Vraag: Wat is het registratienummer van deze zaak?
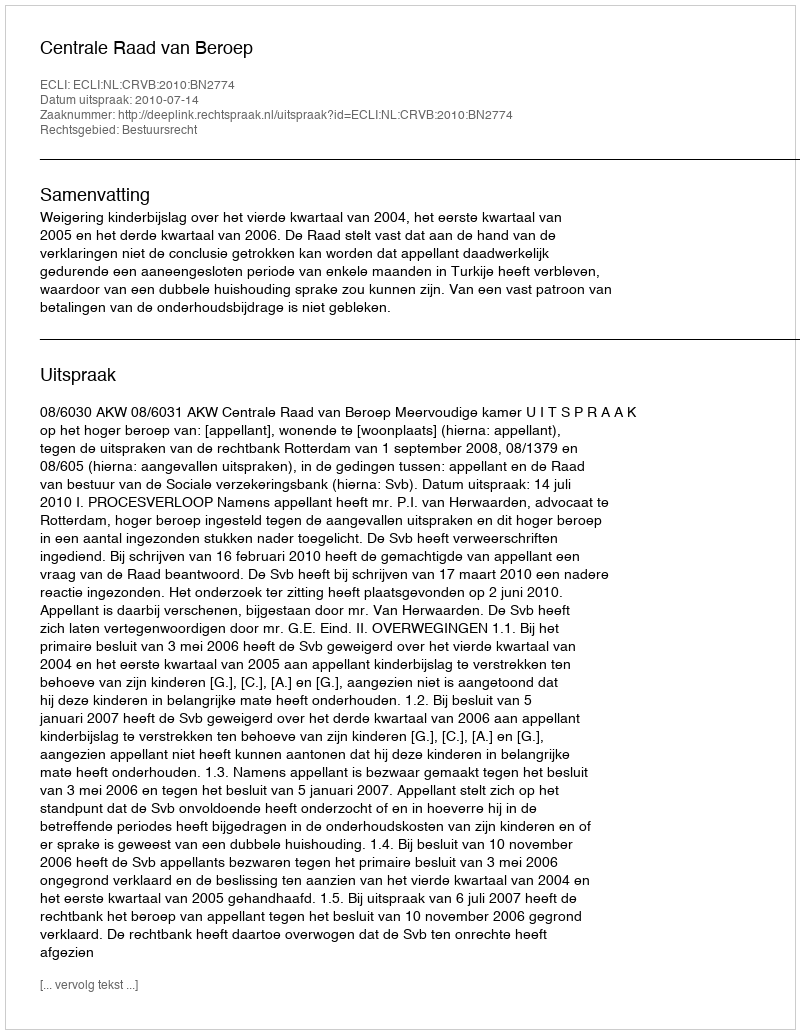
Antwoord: http://deeplink.rechtspraak.nl/uitspraak?id=ECLI:NL:CRVB:2010:BN2774